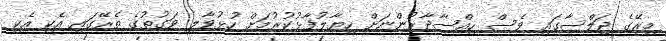
މިރޭގެ ޖަލްސާގައި ވެސް ހިއްސާދާރުންނަށް ހިޔާލުފާޅުކުރުމަށް ހުޅުވާލި ވަގުތުގެ ތެރޭގައި އެކި އެކި